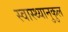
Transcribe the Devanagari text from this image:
स्वास्थ्यानुकुल